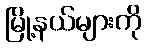
မြို့နယ်များကို